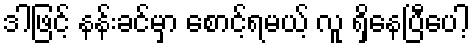
ဒါဖြင့် နန်းခင်မှာ စောင့်ရမယ့် လူ ရှိနေပြီပေါ့